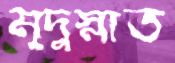
মৃদুস্নাত